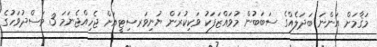
މަޤާމަށް އަންނަ ބަދަލެއްގެ ސަބަބުން މުވައްޒަފަކު ވަކިކުރަން ޔުނިވަރސިޓީއަށް ޖެހިއްޖެނަމަ 3 މަސްދުވަހުގެ